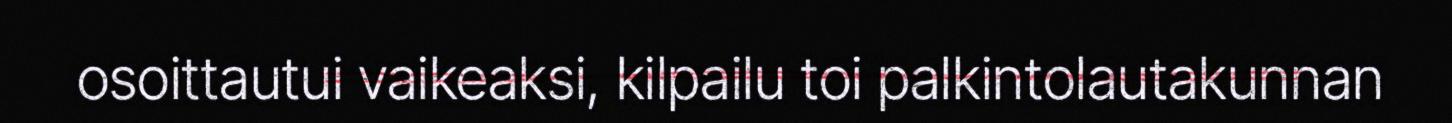
osoittautui vaikeaksi, kilpailu toi palkintolautakunnan